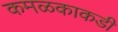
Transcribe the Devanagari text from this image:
कमळकाकडी